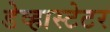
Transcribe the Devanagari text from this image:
डेव्हास्टेटर